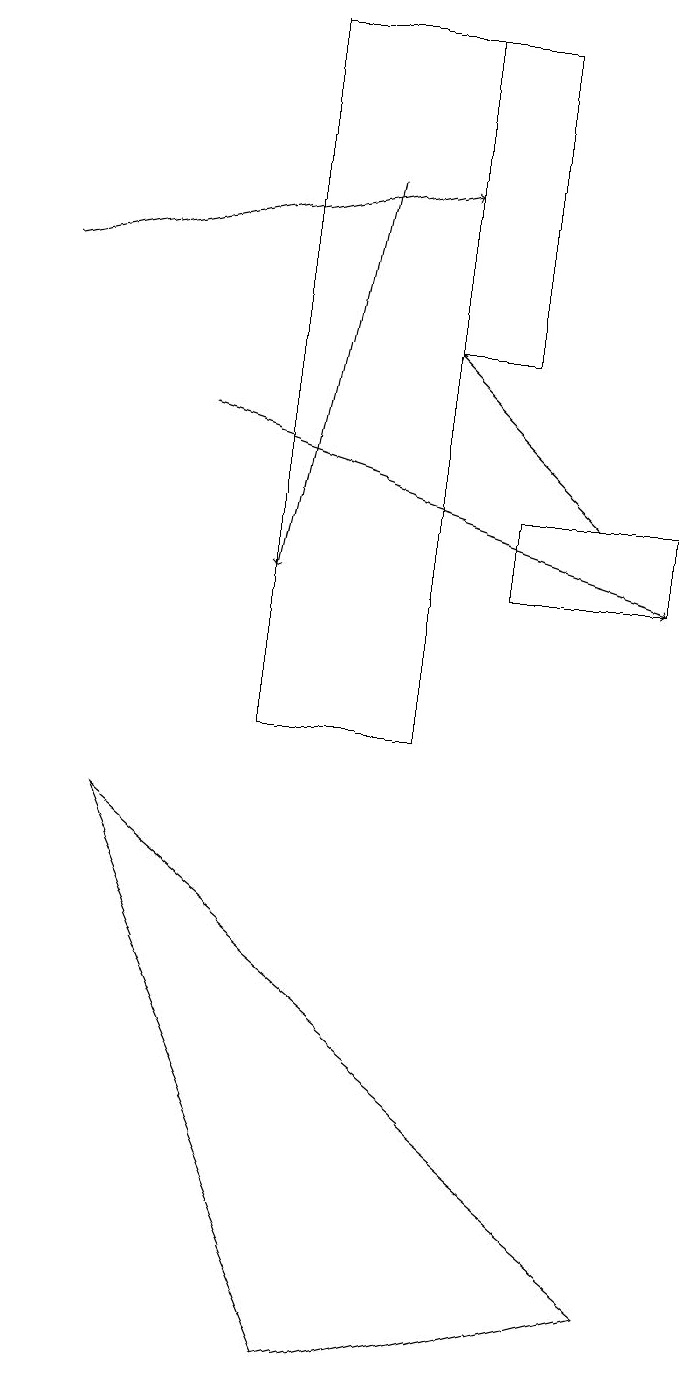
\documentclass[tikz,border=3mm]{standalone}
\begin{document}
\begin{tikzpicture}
\draw (6,19) rectangle (4,10);
\draw[->] (8,13) -- (6,15);
\draw (2,9) -- (5,2) -- (9,3) -- cycle;
\draw[->] (1,16) -- (6,17);
\draw (9,13) rectangle (7,12);
\draw[->] (5,17) -- (4,12);
\draw[->] (3,14) -- (9,12);
\draw (6,15) rectangle (7,19);
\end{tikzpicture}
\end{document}